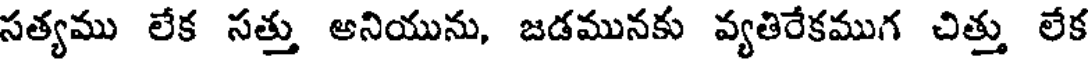
సత్యము లేక సత్తు అనియును, జడమునకు వ్యతిరేకముగ చిత్తు లేక